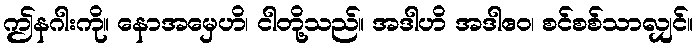
ဤနဂါးကို။ နောအမှေဟိ၊ ငါတို့သည်။ အဒါဟိ အဒါဧဝ၊ စင်စစ်သာလျှင်။